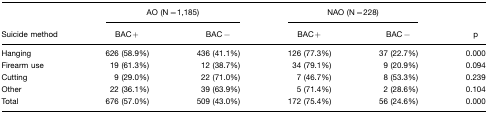
<table><thead><tr><td></td><td colspan="2"><b>AO (N=1,185)</b></td><td colspan="2"><b>NAO (N=228)</b></td><td></td></tr><tr><td><b>Suicide method</b></td><td><b>BAC+</b></td><td><b>BAC−</b></td><td><b>BAC+</b></td><td><b>BAC−</b></td><td><b>p</b></td></tr></thead><tbody><tr><td>Hanging</td><td>626 (58.9%)</td><td>436 (41.1%)</td><td>126 (77.3%)</td><td>37 (22.7%)</td><td>0.000</td></tr><tr><td>Firearm use</td><td>19 (61.3%)</td><td>12 (38.7%)</td><td>34 (79.1%)</td><td>9 (20.9%)</td><td>0.094</td></tr><tr><td>Cutting</td><td>9 (29.0%)</td><td>22 (71.0%)</td><td>7 (46.7%)</td><td>8 (53.3%)</td><td>0.239</td></tr><tr><td>Other</td><td>22 (36.1%)</td><td>39 (63.9%)</td><td>5 (71.4%)</td><td>2 (28.6%)</td><td>0.104</td></tr><tr><td>Total</td><td>676 (57.0%)</td><td>509 (43.0%)</td><td>172 (75.4%)</td><td>56 (24.6%)</td><td>0.000</td></tr></tbody></table>